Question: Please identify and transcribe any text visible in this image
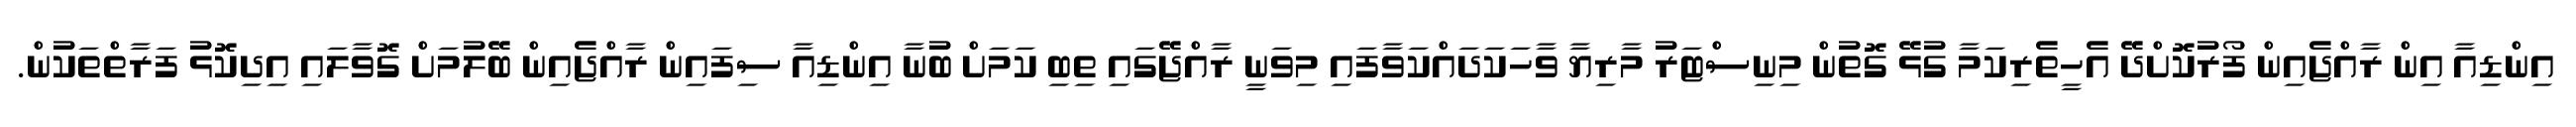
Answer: އިންޑިއާ އިން ރާއްޖެއިން ފޯރުކޮށްދޭ އެހީތެރިކަމާ ގުޅޭ ގޮތުން މިނިސްޓަރު މާރިޔާ ވާހަކަދައްކަވާފައި މިވަނީ ރާއްޖޭގައި ތިބި ކަމަށް ބުނާ އިންޑިއާ ސިފައިން ރާއްޖެއިން ބޭލުމަށް ގޮވާލައި އިދިކޮޅު ފަރާތްތަކުން.